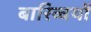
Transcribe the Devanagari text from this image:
बारिव्त्रयों